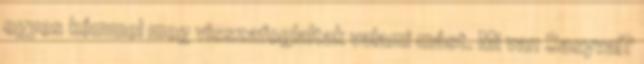
egyes kémmel meg visszafoglaltak valami mást. Mi van Sasyval?